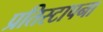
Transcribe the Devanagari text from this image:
प्रतिस्टापना